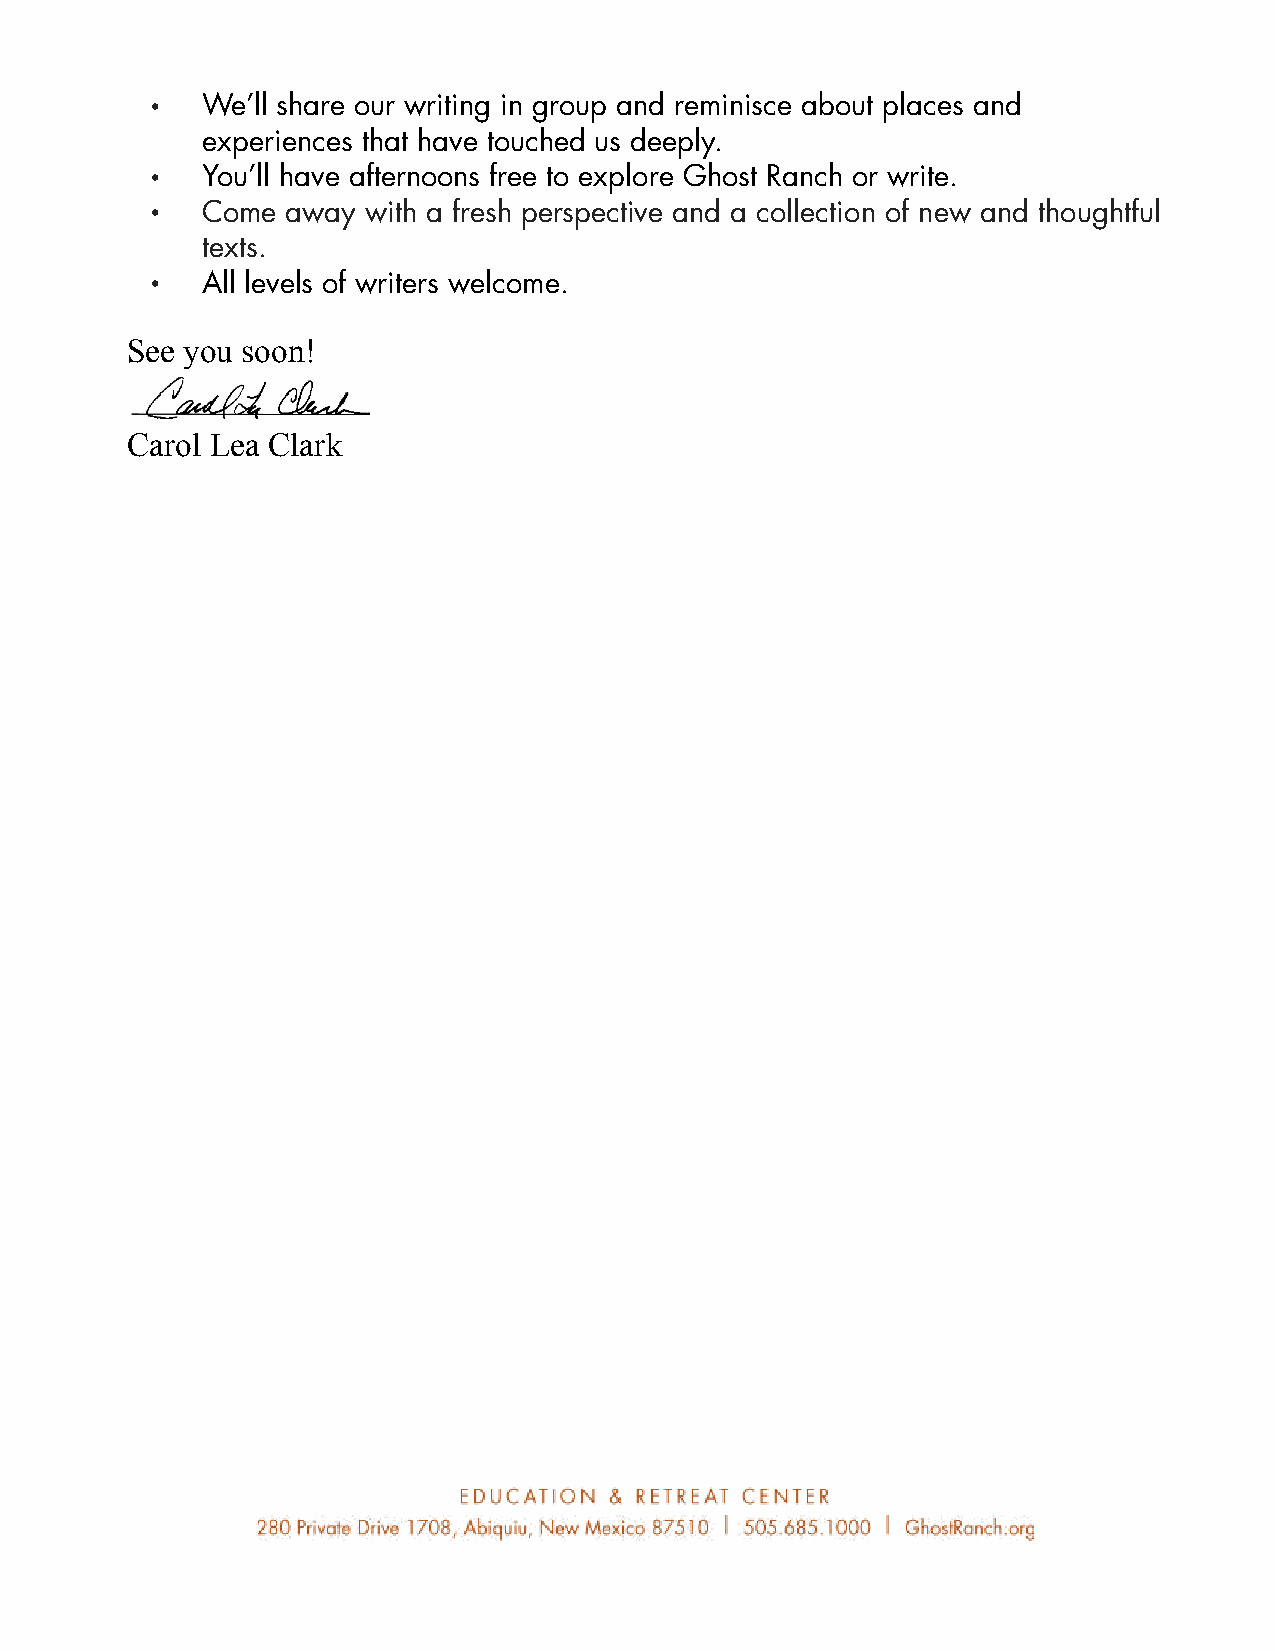
•
 We’ll share our writing in group and reminisce about places and
 experiences that have touched us deeply.
 •
 You’ll have afternoons free to explore Ghost Ranch or write.
 •
 Come  away with a fresh perspective and a collection of new and thoughtful
 texts.
 •
 All levels of writers welcome.
 See you soon!
 Carol Lea Clark